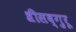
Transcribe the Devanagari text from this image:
श्रीसद्गुरू